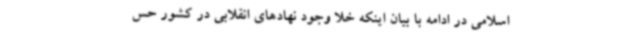
اسلامی در ادامه با بیان اینکه خلا وجود نهادهای انقلابی در کشور حس